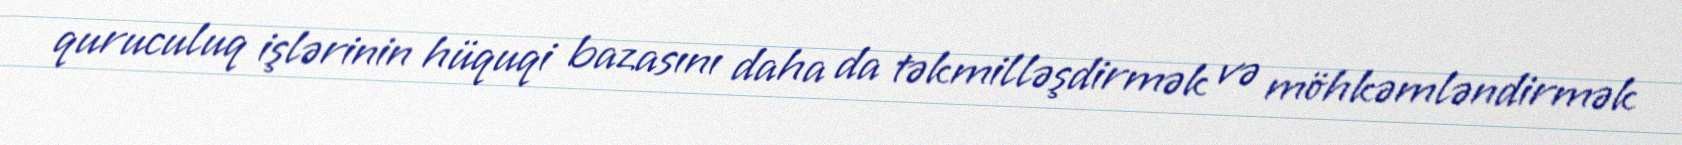
quruculuq işlərinin hüquqi bazasını daha da təkmilləşdirmək və möhkəmləndirmək